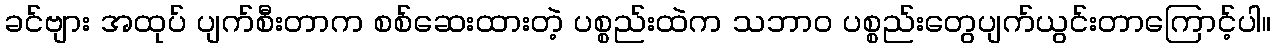
ခင်ဗျား အထုပ် ပျက်စီးတာက စစ်ဆေးထားတဲ့ ပစ္စည်းထဲက သဘာဝ ပစ္စည်းတွေပျက်ယွင်းတာကြောင့်ပါ။